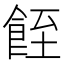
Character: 䬹